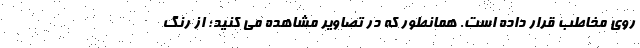
روی مخاطب قرار داده است. همانطور که در تصاویر مشاهده می کنید؛ از رنگ